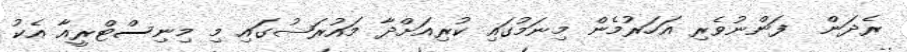
ރެދަން  ފަންނުވެރި އަހަރުމެން މިނަމުގައި ކުރިއަށްދާ މައުރަޟުގައި މި މިނިސްޓްރީއާ އެކު